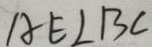
A E \bot B C